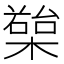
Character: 𣚱